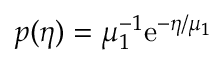
p ( \eta ) = \mu _ { 1 } ^ { - 1 } \mathrm { e } ^ { - \eta / \mu _ { 1 } }